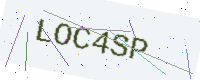
Text: LOC4SP